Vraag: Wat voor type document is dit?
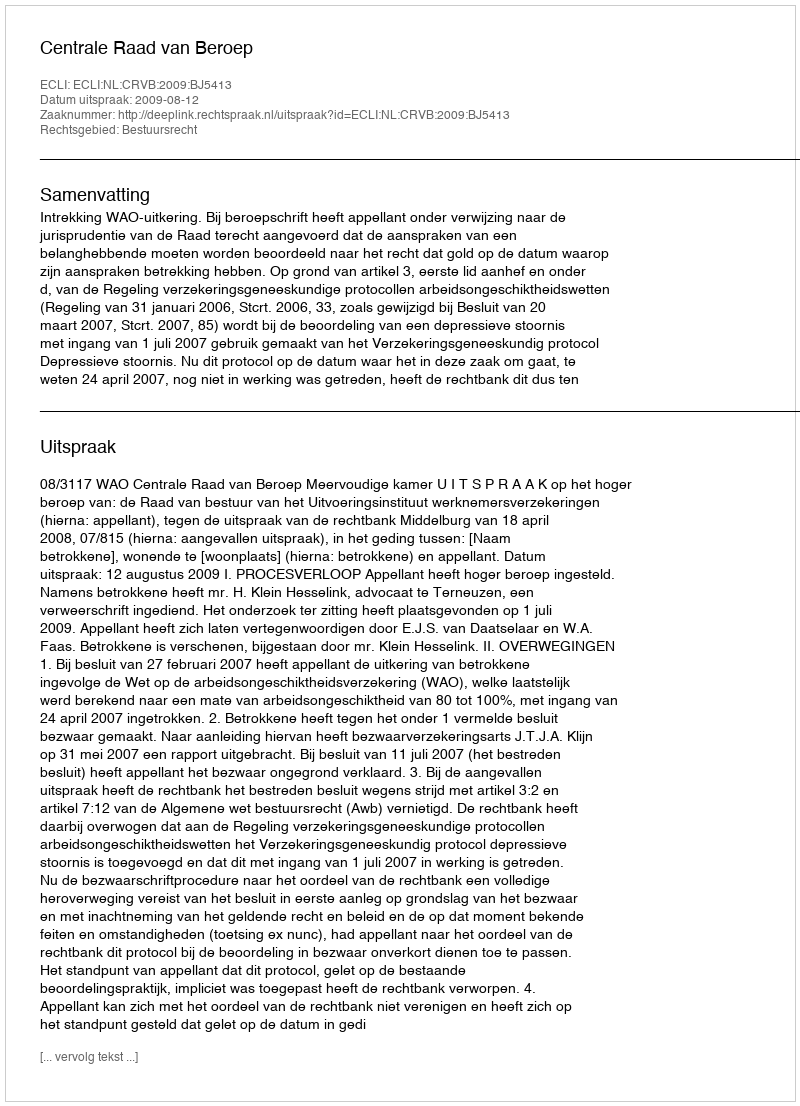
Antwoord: Uitspraak